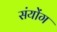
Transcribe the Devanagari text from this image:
संयोंग